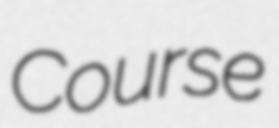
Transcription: Course